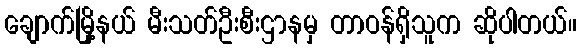
ချောက်မြို့နယ် မီးသတ်ဦးစီးဌာနမှ တာဝန်ရှိသူက ဆိုပါတယ်။